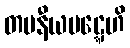
တပနီယပဋ္ဋေဟိ